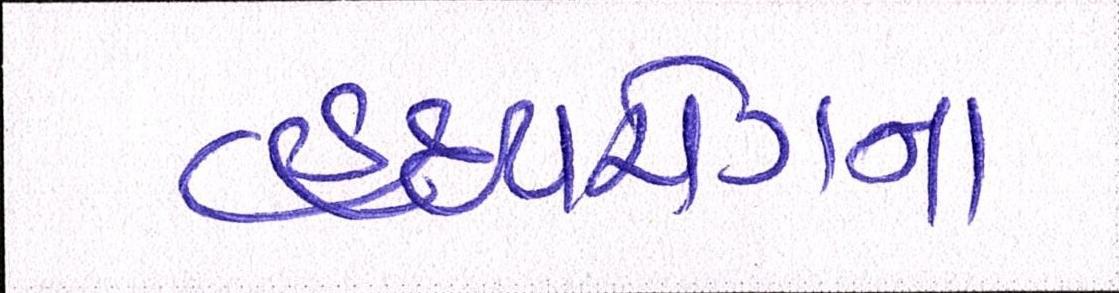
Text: હૃદયરોગના